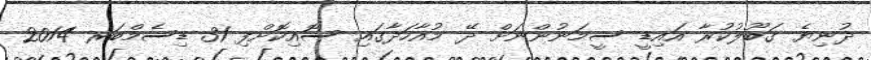
ދުނިޔެ ގަބޫލުކުރާ އައިޑީ ސީމަނުންނަށް ދޭ މުއާހަދާގައި ސޮއިކޮށްފި 31 ޑިސެމްބަރ 2014